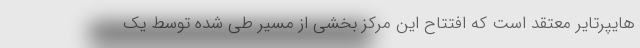
هایپرتایر معتقد است که افتتاح این مرکز بخشی از مسیر طی شده توسط یک